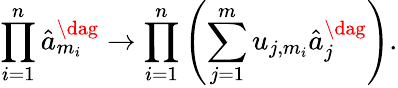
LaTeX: \prod_{i=1}^{n}\hat{a}_{m_{i}}^{\dag}\rightarrow\prod_{i=1}^{n}\left(\sum_{j=1}^{m}u_{j,m_{i}}\hat{a}_{j}^{\dag}\right).